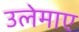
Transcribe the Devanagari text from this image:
उलेमाए